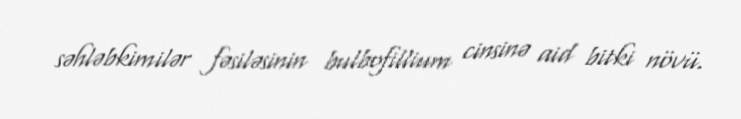
səhləbkimilər fəsiləsinin bulbofillium cinsinə aid bitki növü.